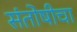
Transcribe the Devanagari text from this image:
संतोषीचा